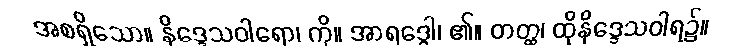
အစရှိသော။ နိဒ္ဒေသဝါရော၊ ကို။ အာရဒ္ဓေါ၊ ၏။ တတ္ထ၊ ထိုနိဒ္ဒေသဝါရ၌။